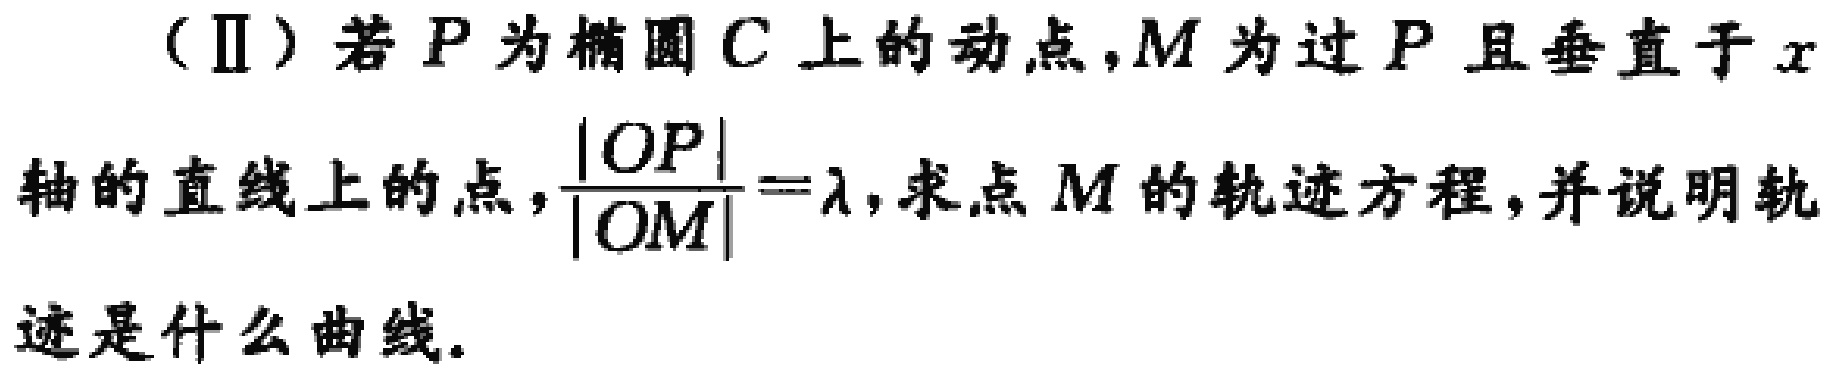
（Ⅱ）若\(P\)为椭圆\(C\)上的动点，\(M\)为过\(P\)且垂直于\(x\)轴的直线上的点，\(\frac{|OP|}{|OM|}=\lambda\)，求点\(M\)的轨迹方程，并说明轨迹是什么曲线。